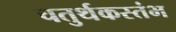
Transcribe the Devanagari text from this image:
चतुर्थकस्तंभ